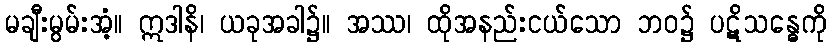
မချီးမွမ်းအံ့။ ဣဒါနိ၊ ယခုအခါ၌။ အဿ၊ ထိုအနည်းငယ်သော ဘဝ၌ ပဋိသန္ဓေကို